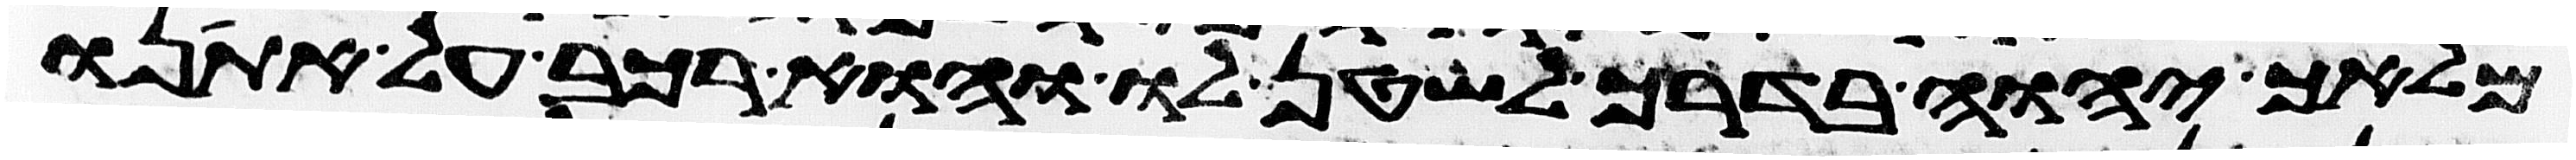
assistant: מלאך יהוה בדרך לשטן לו והוא רכב על אתנו